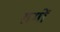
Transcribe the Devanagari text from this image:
ग़मों